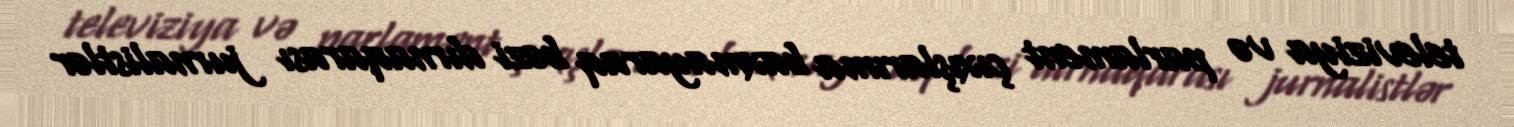
televiziya və parlament çıxışlarıma baxmayaraq bəzi dırnaqarası jurnalistlər